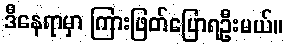
ဒီနေရာမှာ ကြားဖြတ်ပြောရဦးမယ်။